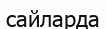
сайларда